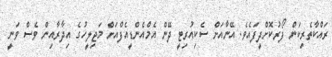
ރައްކާތެރިކަން ފޯރުކޮށްދީފައެވެ. އޭނާއަށް ސެކިއުރިޓީ ދޭން އެމްއެންޑީއެފްއަށް މަޖިލީހުގެ އިދާރާއިން ވެސް ވަނީ